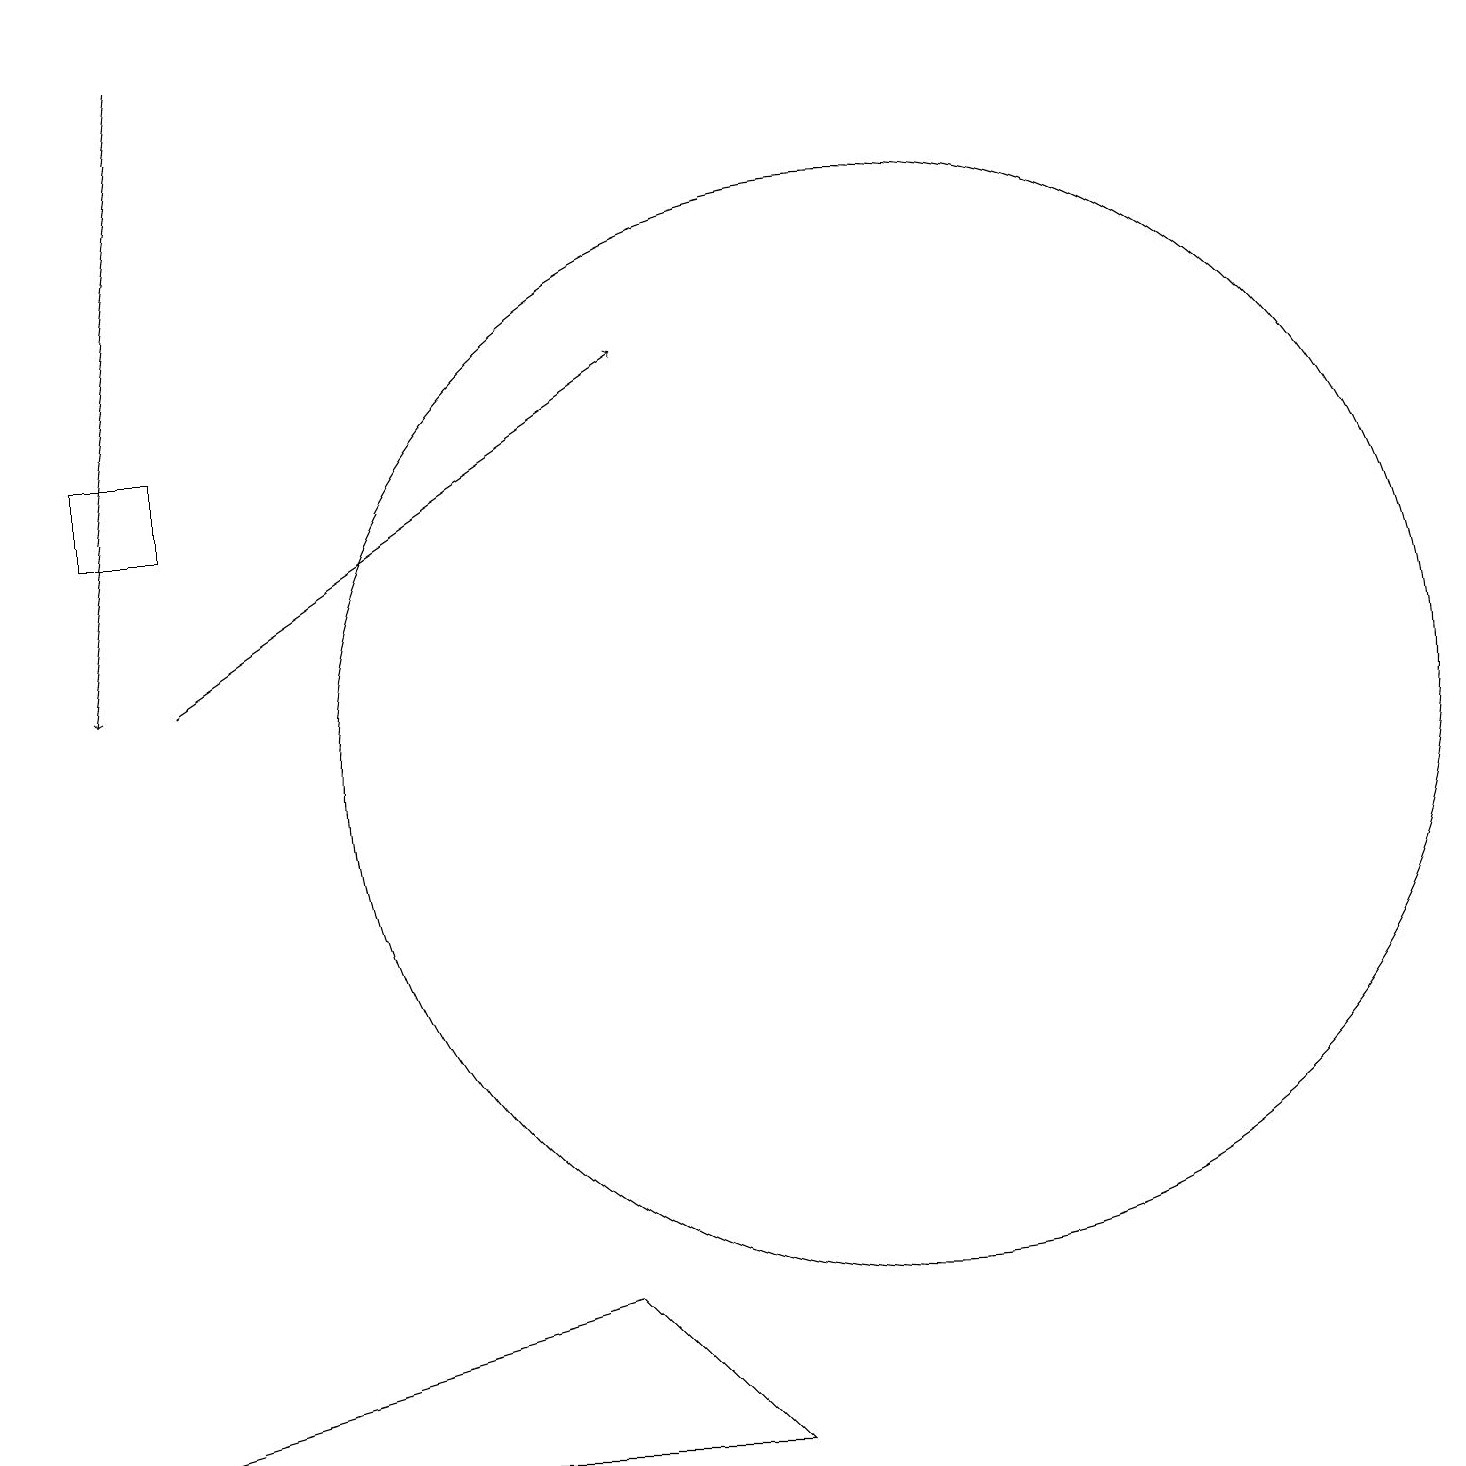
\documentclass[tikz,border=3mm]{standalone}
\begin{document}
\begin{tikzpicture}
\draw[->] (2,19) -- (1,11);
\draw[->] (2,11) -- (8,15);
\draw (1,14) rectangle (2,13);
\draw (7,3) -- (0,1) -- (9,1) -- cycle;
\draw (11,10) circle (7);
\draw (11,10) circle (0);
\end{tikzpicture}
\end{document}